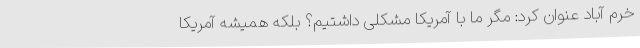
خرم آباد عنوان کرد: مگر ما با آمریکا مشکلی داشتیم؟ بلکه همیشه آمریکا